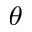
_ \theta